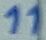
Text: 11